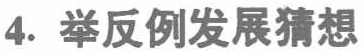
4. 举反例发展猜想